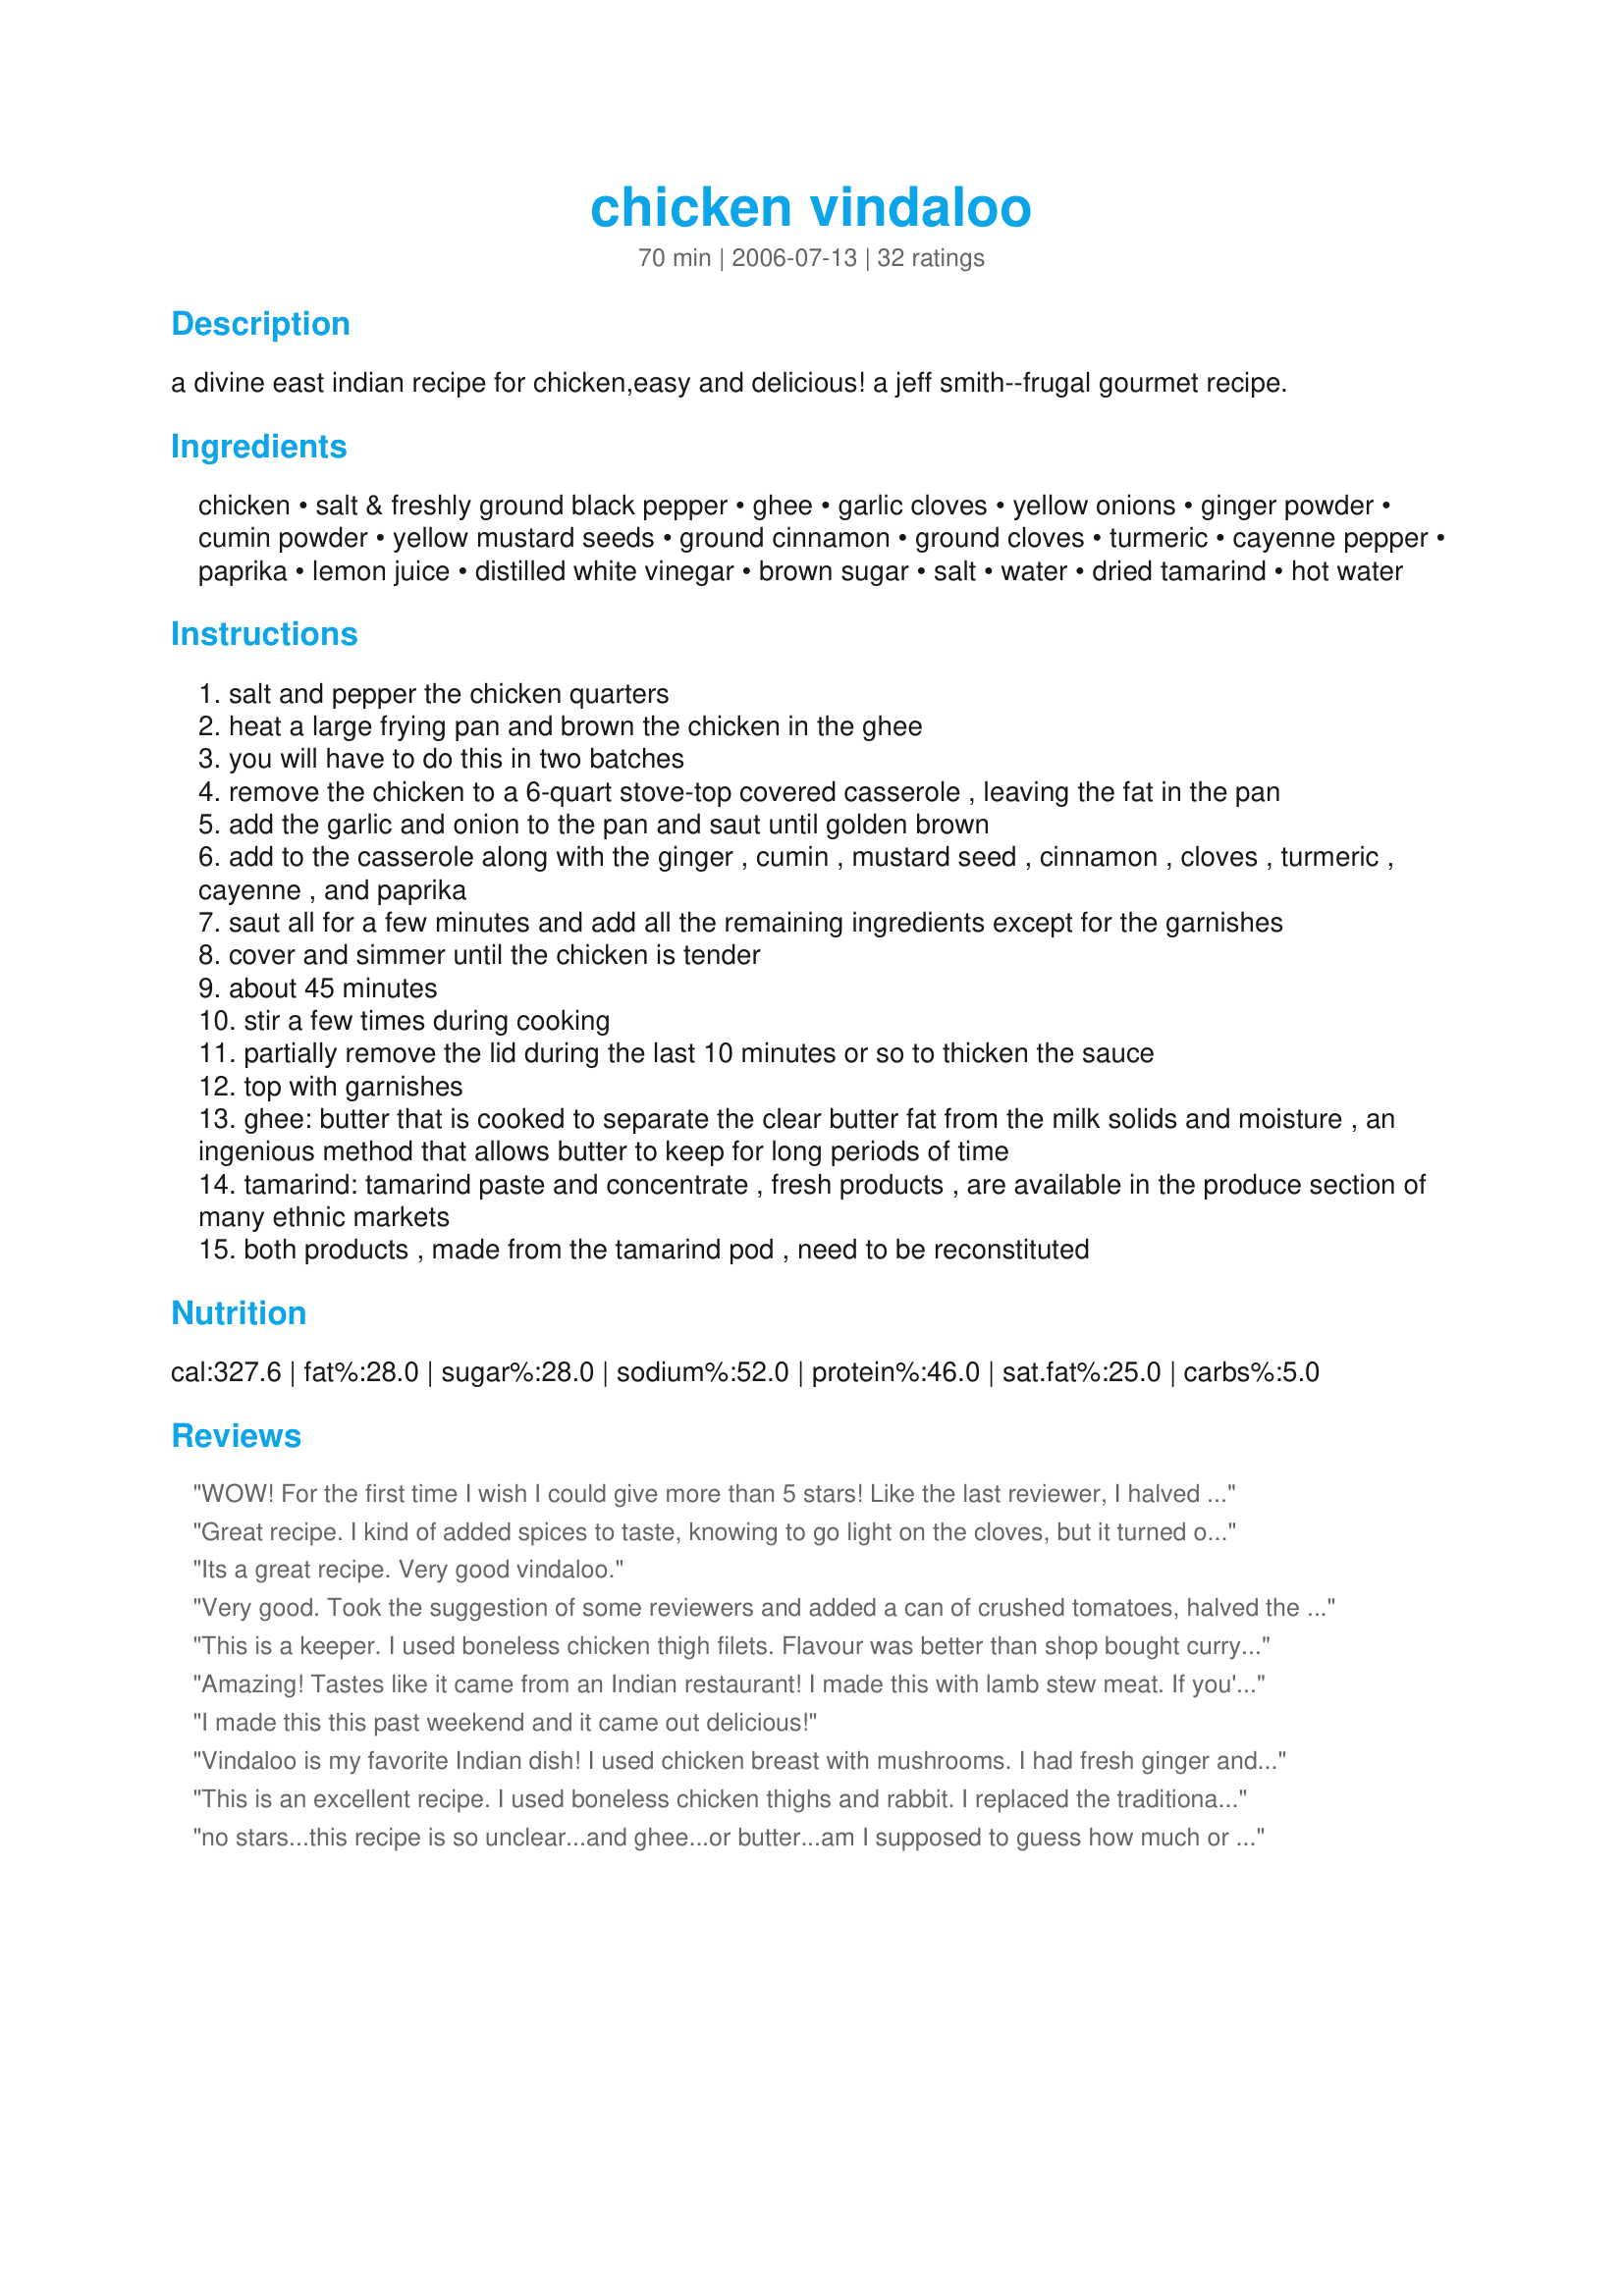
chicken vindaloo
Preparation time: 70 minutes

a divine east indian recipe for chicken,easy and delicious!
a jeff smith--frugal gourmet recipe.

Ingredients:
chicken, salt & freshly ground black pepper, ghee, garlic cloves, yellow onions, ginger powder, cumin powder, yellow mustard seeds, ground cinnamon, ground cloves, turmeric, cayenne pepper, paprika, lemon juice, distilled white vinegar, brown sugar, salt, water, dried tamarind, hot water

Steps:
salt and pepper the chicken quarters
heat a large frying pan and brown the chicken in the ghee
you will have to do this in two batches
remove the chicken to a 6-quart stove-top covered casserole , leaving the fat in the pan
add the garlic and onion to the pan and saut until golden brown
add to the casserole along with the ginger , cumin , mustard seed , cinnamon , cloves , turmeric , cayenne , and paprika
saut all for a few minutes and add all the remaining ingredients except for the garnishes
cover and simmer until the chicken is tender
about 45 minutes
stir a few times during cooking
partially remove the lid during the last 10 minutes or so to thicken the sauce
top with garnishes
ghee: butter that is cooked to separate the clear butter fat from the milk solids and moisture , an ingenious method that allows butter to keep for long periods of time
tamarind: tamarind paste and concentrate , fresh products , are available in the produce section of many ethnic markets
both products , made from the tamarind pod , need to be reconstituted

Reviews:
WOW! For the first time I wish I could give more than 5 stars! Like the last reviewer, I halved the amount of water and added a can of tomatoes. Besides that, the only change is that I didn't have any cloves or fresh coriander on hand. Don't let the long list of ingredients scare you - this is so easy that I was able to chat on skype at the same time. Will for sure be making this recipe again as is so cheap and easy. NB - though Vindaloos are supposed to be hot (and this has got some great kick) I'm sure that the flavours would be amazing even without the chili.
Great recipe. I kind of added spices to taste, knowing to go light on the cloves, but it turned out wonderful. I used a fresh whole organic chicken and removed bones and skin before serving. I also added in fresh organic colored peppers (about 2 cups) and a handful of organic grape sized tomatoes, smashed. I like that better than paprika (which I also added, btw). I nixed the cayenne (too hot for most Americans) and put in Sirachia instead. About 2 tblsps. All in all, great idea and recipe. Oh, I also added a half cup of wine. I add wine to all my dishes. This would also be good with a dollop of sour cream or whole milk yogurt too, I think.
Its a great recipe. Very good vindaloo.
Very good. Took the suggestion of some reviewers and added a can of crushed tomatoes, halved the amount of water and used just half a teaspoon of cayenne pepper. To my surprise it was not as spicy hot as I would have thought which makes me reconsider and I will use the full amount cayenne pepper next time. In the stores here reconstituted tamarind is readily available so of course I used that. Very good indeed.<br/>Thanks for posting.
This is a keeper. I used boneless chicken thigh filets. Flavour was better than shop bought curry paste and so easy to make. Had every spice in my cupboard. Yum!
Amazing! Tastes like it came from an Indian restaurant! I made this with lamb stew meat. If you're using lamb I recommend you cook it for 1 1/2 to 2 hours and let the sauce reduce uncovered for the last hour of cooking time so it gets that wonderful stewlike consistency.
I made this this past weekend and it came out delicious!
Vindaloo is my favorite Indian dish! I used chicken breast with mushrooms. I had fresh ginger and tumeric instead of dried so about two tablespoons each. Came out excellent! I am going to try this with Lamb next time. Goes well with basmati rice with a little caraway and peas! Wonderful recipe!
This is an excellent recipe. I used boneless chicken thighs and rabbit. I replaced the traditional potato with jasmine rice, and oh boy it's a home run. Top it off with scallions and cilantro. This is a perfect dish if you want to try something new at home.
no stars...this recipe is so unclear...and ghee...or butter...am I supposed to guess how much or did I just miss it somewhere in the POOR write-up. This tastes NOTHING like vindaloo...bunch of chicken wasted cause I hate it....ugh
Even though I enjoyed the flavor and easiness of this recipe, I found the instructions incomplete and a bit confusing. The recipe calls for brown sugar, but it doesn&#039;t mention anything about adding it in the directions. I figured it was part of the spice mix and added it in that step. Also, if I had to do the chicken in two batches, how could I put everything into the pan at last for everything to cook together (unless I was to put the skillet in the oven to cook the chicken through)? I wound up halving the recipe and using 2 lbs. of chicken thighs cut into cubes (which maxes out the space in my skillet). I also didn&#039;t know what the &quot;garnishments&quot; were. Was it the tamarind paste? I skipped the tamarind paste altogether because I couldn&#039;t find either dried tamarinds nor a pre-made paste to use. I did not stray away from the recipe, but it also did not provide the color sauce I was expecting (most vindaloos are a deep red, mine looked brown). Perhaps I should have added some tomato to boost the color.
A family favorite, and a meal I strive to make once every month or two. We always use boneless skinless chicken breasts, as we aren&#039;t big fans of skins, sub out one can of water for a can of tomato sauce, and add a touch more of each spice. The absolute best vindaloo recipe.
This recipe has potential to be VERY GOOD, with a few major changes:&lt;br/&gt;&lt;br/&gt;1. The original recipe calls for way too much salt! I cut the salt in half and only used 1tsp, and it was still too salty. Next time I make it I will probably use 1/2tsp (or less.)&lt;br/&gt;&lt;br/&gt;2. 1 1/2 tsp cayenne pepper is also way too much. I generally like spicy food, but I still cut it back to 1tsp which gave it a nice heat.&lt;br/&gt;&lt;br/&gt;3. I also sub&#039;d dried tamarind for tamarind paste. It worked out great and really gave it an authentic vindaloo taste. Do not sub &quot;tamarind chutney&quot; for the paste though?&lt;br/&gt; &lt;br/&gt;4. I also used chopped boneless skinless breasts (which is optional) and because I prefer white meat.&lt;br/&gt;&lt;br/&gt;The recipe is very poorly written and a little hard to follow. Basically, I lightly saut&eacute;ed the chicken breast in ghee, then transferred it to my dutch oven. I added all of the dry spices along with the vinegar, tamarind paste, sugar, lemon juice and water and simmered until sauce reduced.
Note, this is very spicy. I did like it, but it was too hot for DH. Had an americanized version that is less spicy with a different flavor, so I thought that I would try this.
Turned out excellent! Very tasty! My wife doesn't like too much spice so I used half of the amount of cumin and cayenne. I also used one cup of tomato sauce and one cup of water. The whole family loved it!
Top notch. I reduced a 15 min. longer because I thought it was a touch watery. It is incredibly good.
I'm not even gonna wait for this to finish cooking to rate it. The smell alone gives it a 5. Everybody in this house has migrated to the kitchen, demanding to know what in the world that incredible smell is. No way it can't be delicious.
I agree with other reviewers, the recipe could be better written - but excellent. I used skinless chicken breasts cubed. It turned out wonderful. My wife is from England and she said it is the best Vindaloo she has ever had. Made the recipe as written except for chicken and it was very spicy. Next time I would cut back a little on the cayenne pepper. Also, it seemed like it needed something like peas for a little sweetness or mushrooms for texture. I am going to try and double the recipe and freeze the other half for a quick meal. I will let you know how that goes - not everything freezes well. Add some broccoli as a side (also for color) and some fresh cilantro from your garden sprinkled on top.
Fantastic recipe! The only changes I would suggest are 1) that there is entirely too much ginger - next time I will only use 1 tbsp instead of the 2 called for in the recipe; and 2) cayenne, as others have suggested, may be too much for some people...it was fine for me, but way too hot for my fianc&eacute;...when I made it with just a tsp of cayenne it was perfect though! Recipe is indeed poorly written, but recipe itself is outstanding so I&#039;m still giving it 5 stars!
Wow! I tried this recipe and wow! Something has to be off in the recipe. There are so many spices, it tasted like chewing sand and incense. Had to guess on the amount of ghee and tamarind, but that couldn&#039;t have been it. I&#039;ve had Vindaloo many times and this is so bad I&#039;m weary of ever trying a recipe from the internet again. This should be taken off the site. I could go on but I think I need to go gargle with rubbing alcohol to get the taste out of my mouth.
Very good, tasty dish. After reading the comments I also added half a can of chopped tomatoes (I was cooking the dish for two). However, at the end the curry seemed very thick and heavy so I stirred in a quarter cup of plain natural yogurt, which did the trick. Finally, I served it with some sour cream on the side, which really helped balance the taste and is something I would recommend everyone to try. Delicious!
I made this with a few additions to the recipe and it was very tasty. I would defiantly make again. Instead of using water I used pasata and some tomato pur&eacute;e, it made the sauce rich. I also liquised the browned onions with the dry spieces and pasata before adding to the chicken. This made the sauce creamy and it coated the chicken pieces beautifully.
Used the recipe as a general guideline, and it came out really good! My pass-along tip: I added cauliflower and carrots. They may have been the best part! I had to adjust the time and amount of liquid but well worth it! I needed to use up leftover turkey so this was made with turkey drummies, deboned and added in the last ten mins. I was lazy so I used curry spice instead of individual spices (I know! I&#039;m terrible! But it was late!), then ended up adding additional salt. I used chicken stock instead of water.I served over coconut rice with store-bought roti. Other than the roti, meal was entirely made up from leftovers. I was so pleased! :-D
Made half a recipe with one extra large breast. Served with Recipe #17382, rice and puppadums.
Delish!! I used boneless/skinless breasts (just personal preference), but didn't change anything else. The store I shop at didn't have tamarind powder, but had the whole pods. I wasn't too sure what to do with them, but I took them out of the shell, pulled off the strings, removed the seeds and squished them using my hands in a little water, then strained. Dish came out fine, so I guess I did OK. Couldn't tell by the recipe what was supposed to be garnish? I threw it all in the skillet. Boyfriend that "didn't like Vindaloo" says I should make this again. Good stuff.
Haven't made it yet. Trying to figure out what to leave out as garnish? It says in a couple of places &quot;except for the garnishes&quot; but the ingredients list doesn't say which ones are garnishes.
I've made many Indian dishes and decided to make Vindaloo today. I have never had a bad Indian dish (at a restaurant or from home) until today. This turned out horribly. It could have been something I did or it could be the recipe not being inline with what I expect Vindaloo to taste like. I will search for a different recipe next time. I made chapati and Basmati rice, which were the only yummy dishes on my plate.
Made for dinner hubby loves it
We thought this was outstanding. The sauce was aromatic, flavorful, and definitely spicy. The chicken turned out tender and nearly falling off the bone. Delicious!
Thanks for posting!
~Sue
Wow! Easy and tasty. What else can I say!
restaurant quality recipe.
i tried this with pre marinaded chicken chunks tandori stayle and instead of adding the 2 cups of water i added a tin of tomatoes blended in a mixer ,what a scoorcher , highly recomended
